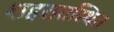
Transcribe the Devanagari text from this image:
शहरातस्थित